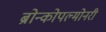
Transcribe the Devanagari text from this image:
ब्रोन्कोपल्मोनरी